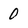
Character: 0